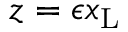
z = \epsilon x _ { \mathrm { { L } } }